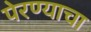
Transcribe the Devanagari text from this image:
पेरण्याचा